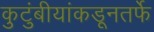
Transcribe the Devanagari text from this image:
कुटुंबीयांकडूनतर्फे